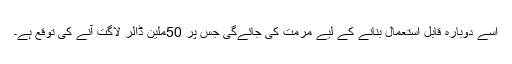
اسے دوبارہ قابل استعمال بنانے کے لیے مرمت کی جائےگی جس پر 50ملین ڈالر لاگت آنے کی توقع ہے۔